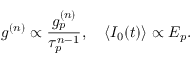
g ^ { ( n ) } \propto \frac { g _ { p } ^ { ( n ) } } { \tau _ { p } ^ { n - 1 } } , \quad \langle I _ { 0 } ( t ) \rangle \propto E _ { p } .